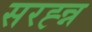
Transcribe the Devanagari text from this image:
सरह्न्न